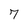
Character: 7